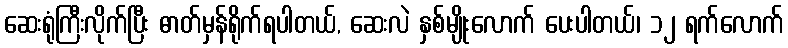
ဆေးရုံကြီးလိုက်ပြီး ဓာတ်မှန်ရိုက်ရပါတယ်, ဆေးလဲ နှစ်မျိုးလောက် ပေးပါတယ်၊ ၁၂ ရက်လောက်